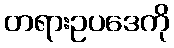
တရားဥပဒေကို